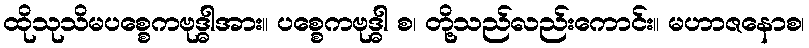
ထိုသုသိမပစ္စေကဗုဒ္ဓါအား။ ပစ္စေကဗုဒ္ဓါ စ၊ တို့သည်လည်းကောင်း။ မဟာဇနောစ၊